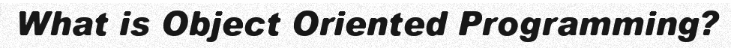
What is Object Oriented Programming?